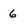
Character: 6